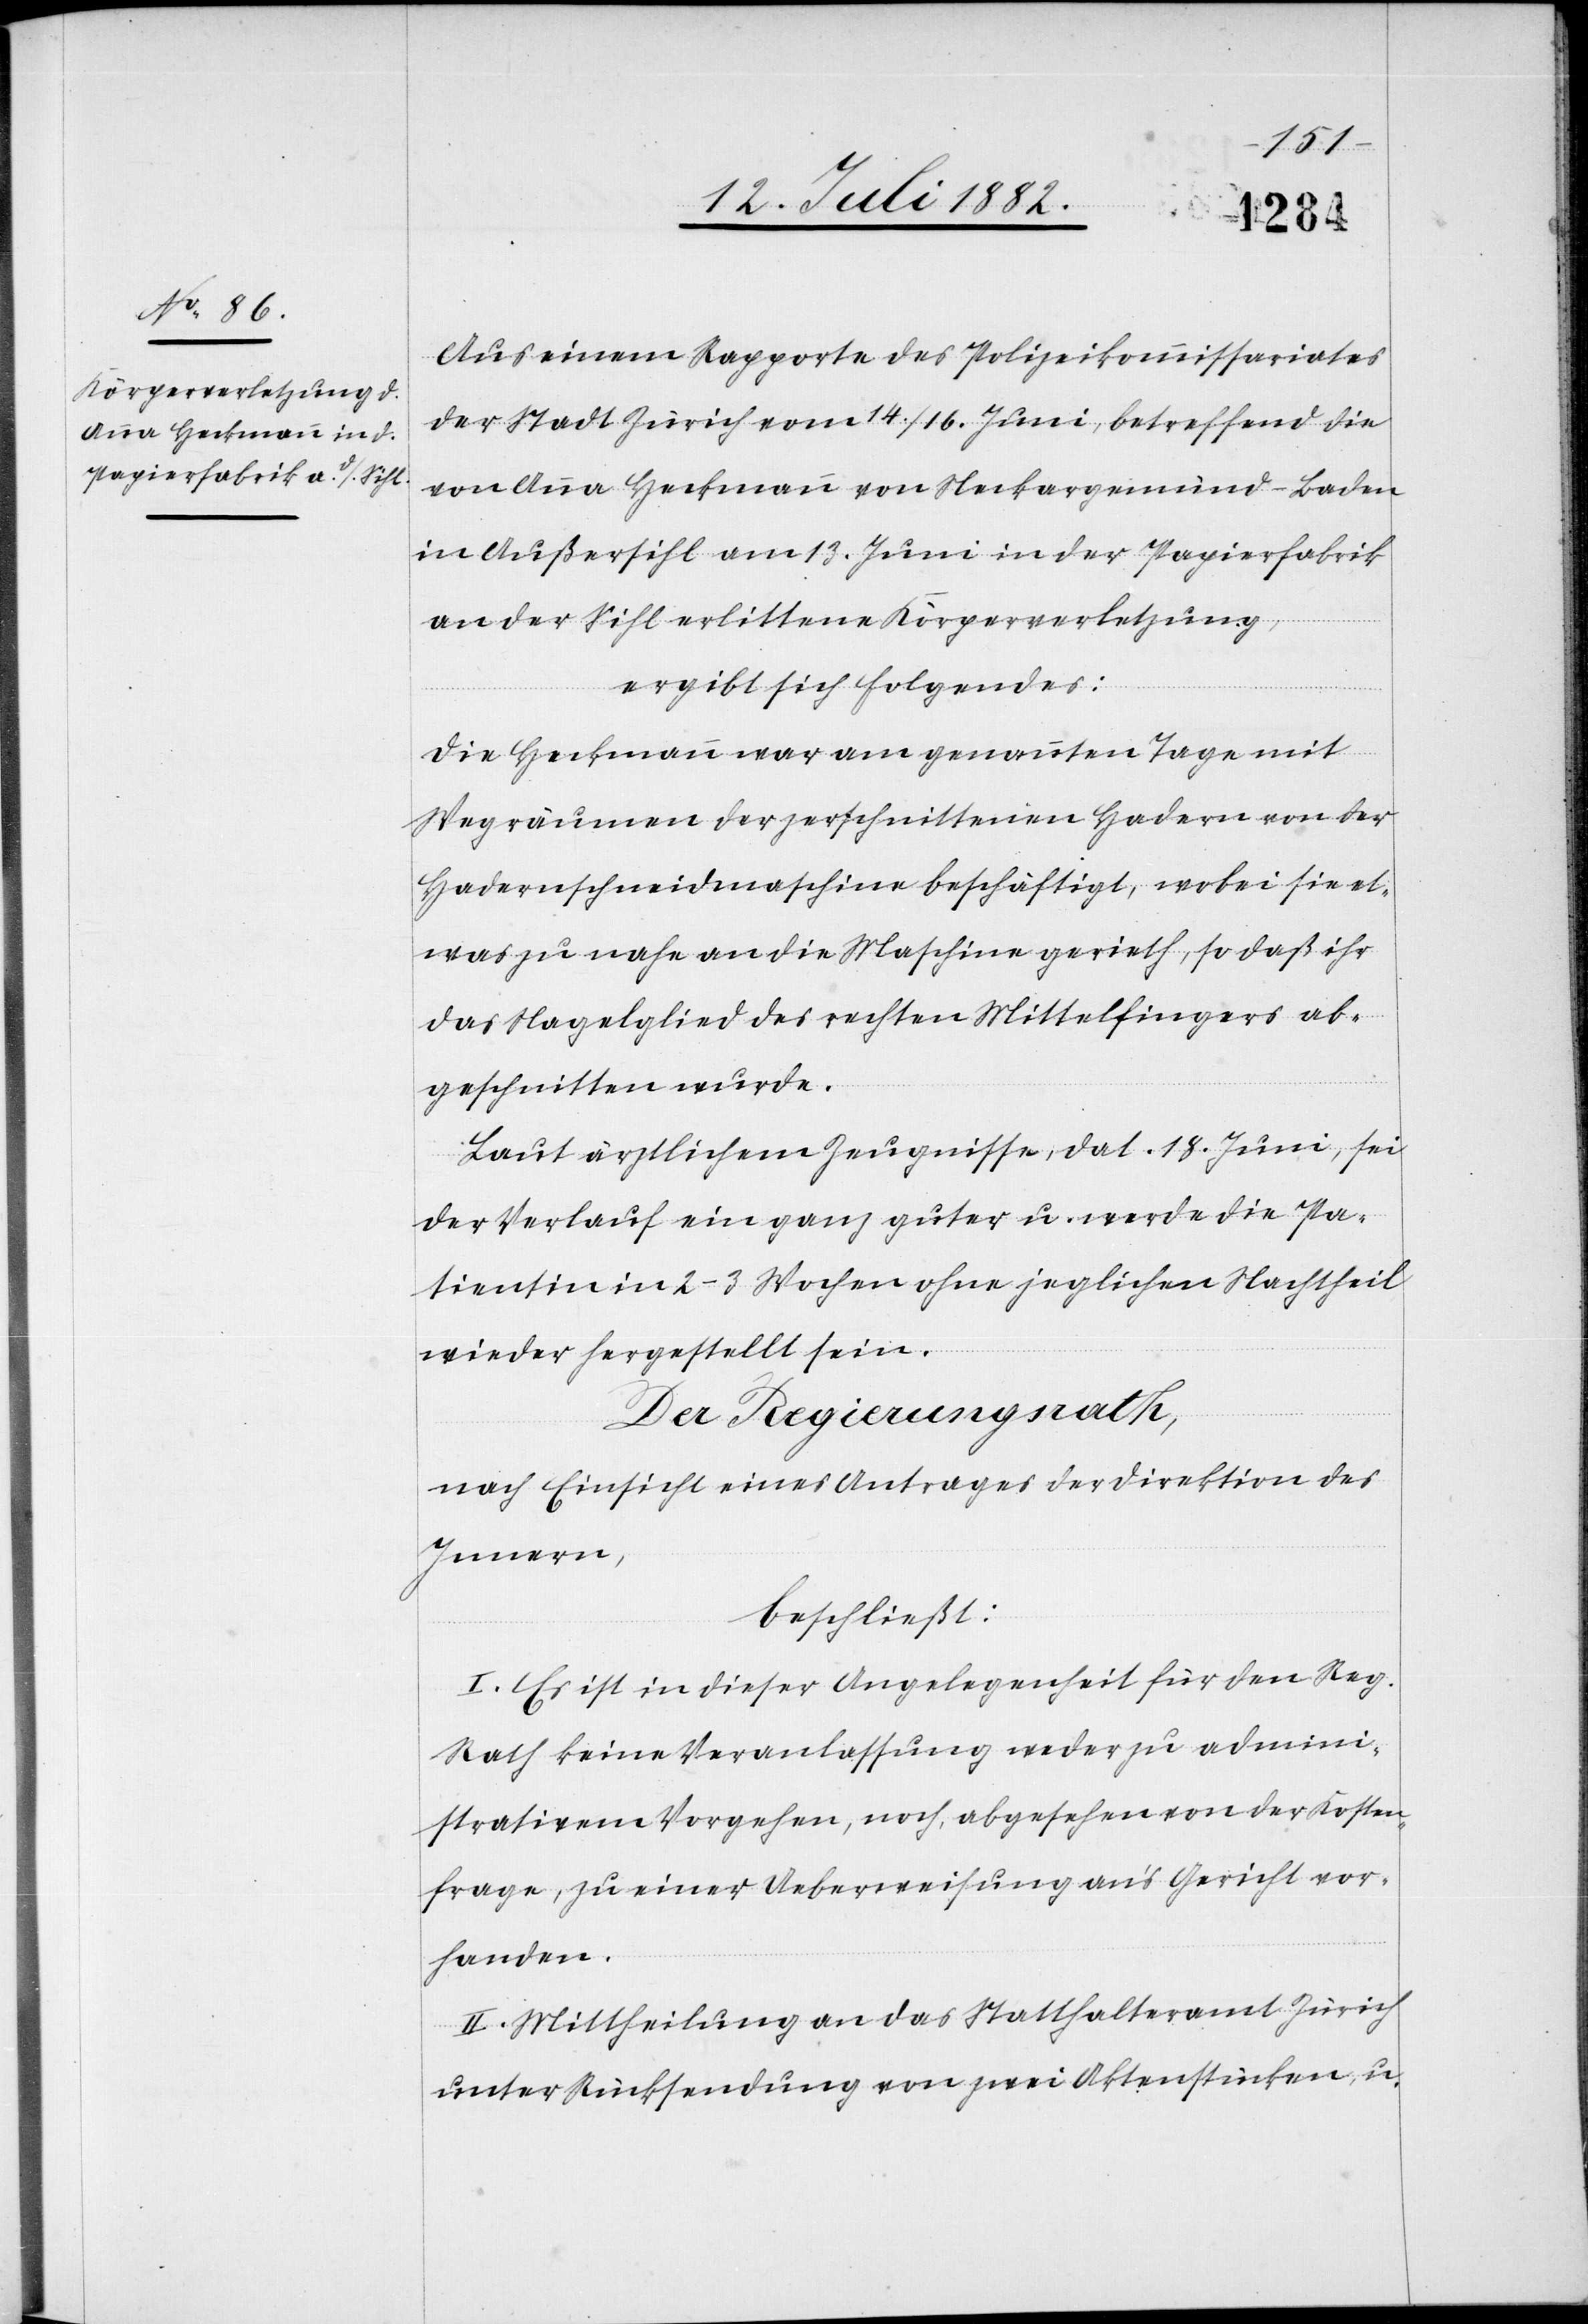
Körperverletzung,

Aus einem Rapporte des Polizeikommissariates
der Stadt Zürich vom 14./16. Juni, betreffend die
von Anna Heckmann von Neckargemünd - Baden
ergibt sich folgendes:
Die Heckmann war am genannten Tage mit
Wegräumen der zerschnittenen Hadern von der
Hadernschneidmaschine beschäftigt, wobei sie et¬
was zu nahe an die Maschine gerieth, sodaß ihr
das Nagelglied des rechten Mittelfingers ab¬
geschnitten wurde.
Laut ärztlichem Zeugnisse, dat. 18. Juni, sei
der Verlauf ein ganz guter u. werde die Pa¬
tientin in 2–3 Wochen ohne jeglichen Nachtheil
tene
wieder hergestellt sein.
Der Regierungsrath,
nach Einsicht eines Antrages der Direktion des
Innern,
beschließt:
I. Es ist in dieser Angelegenheit für den Reg.
Rath keine Veranlassung weder zu admini¬
strativem Vorgehen, noch, abgesehen von der Kosten¬
frage, zu einer Ueberweisung an’s Gericht vor¬
handen.
II. Mittheilung an das Statthalteramt Zürich
unter Rücksendung von zwei Aktenstücken, u.